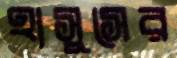
হাসুসের